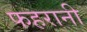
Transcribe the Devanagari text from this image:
फहरानी